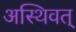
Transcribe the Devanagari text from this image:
अस्थिवत्